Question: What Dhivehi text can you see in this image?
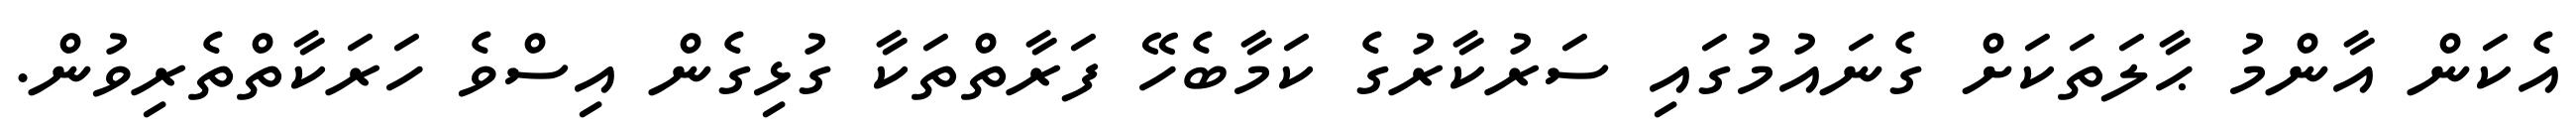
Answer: އެކަން އާންމު ޙާލަތަކަށް ގެނައުމުގައި ސަރުކާރުގެ ކަމާބެހޭ ފަރާތްތަކާ ގުޅިގެން އިސްވެ ހަރަކާތްތެރިވުން.